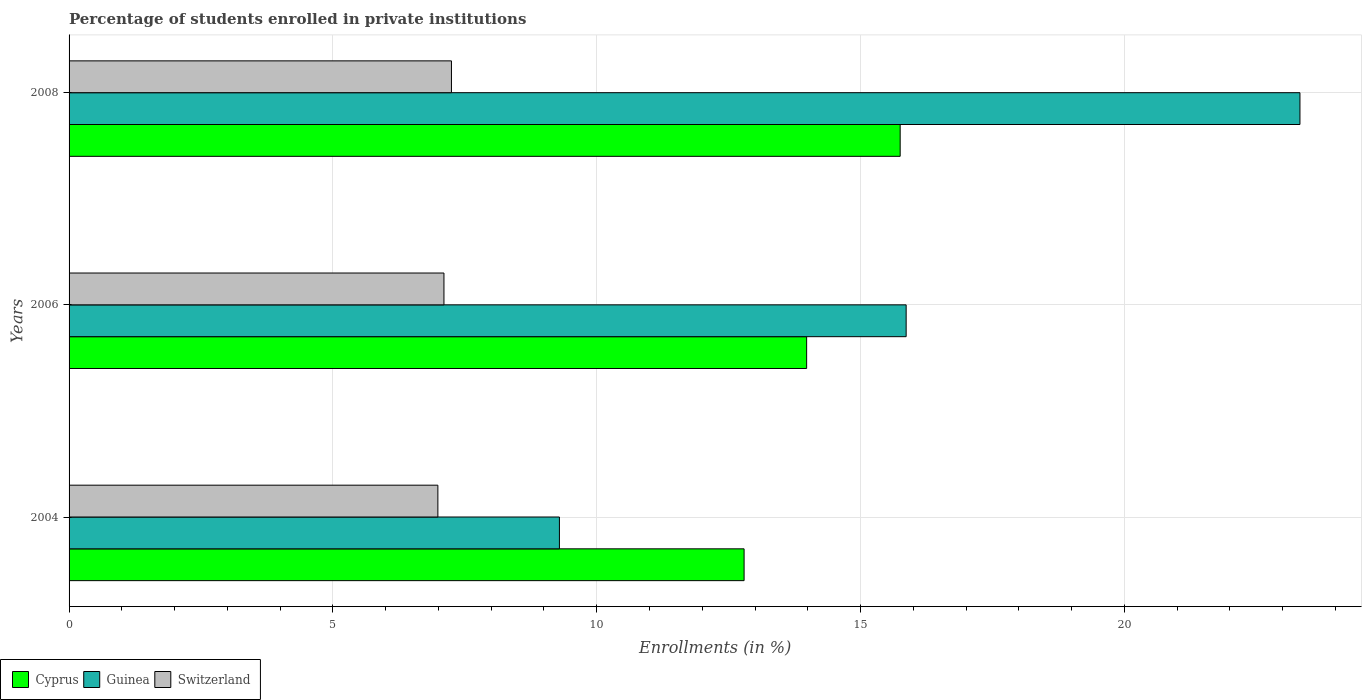
| Years | Cyprus | Guinea | Switzerland |
 | --- | --- | --- | --- |
 | 2004 | 12.8 | 9.29 | 6.99 |
 | 2006 | 14 | 15.9 | 7.1 |
 | 2008 | 15.8 | 23.3 | 7.25 |